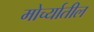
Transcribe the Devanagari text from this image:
मोर्च्यातील